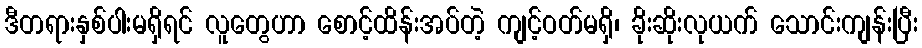
ဒီတရားနှစ်ပါးမရှိရင် လူတွေဟာ စောင့်ထိန်းအပ်တဲ့ ကျင့်ဝတ်မရှိ၊ ခိုးဆိုးလုယက် သောင်းကျန်းပြီး